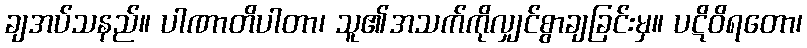
ချအပ်သနည်။ ပါဏာတိပါတာ၊ သူ၏အသက်ကိုလျှင်စွာချခြင်းမှ။ ပဋိဝိရတော၊